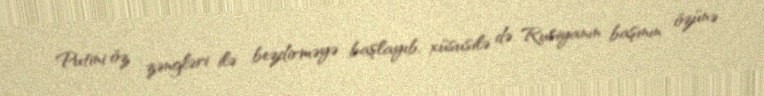
Putini öz zəngləri ilə bezdirməyə başlayıb, xüsusilə də Rusiyanın başının özünə